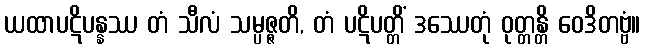
ယထာပဋိပန္နဿ တံ သီလံ သမ္ပဇ္ဇတိ, တံ ပဋိပတ္တိံ ဒဿေတုံ ဝုတ္တန္တိ ဝေဒိတဗ္ဗံ။